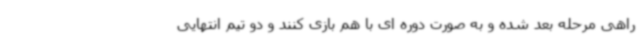
راهی مرحله بعد شده و به صورت دوره ای با هم بازی کنند و دو تیم انتهایی